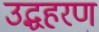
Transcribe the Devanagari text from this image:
उद्धहरण